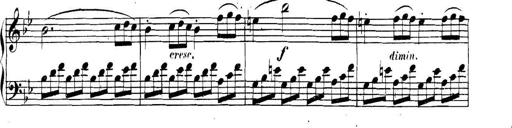
Title: Collected Piano Sonatas
Composer: Muzio Clementi